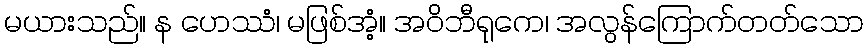
မယားသည်။ န ဟေဿံ၊ မဖြစ်အံ့။ အဝိဘီရုကေ၊ အလွန်ကြောက်တတ်သော